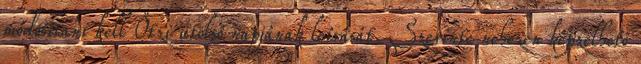
módosítani kell Ötzi utolsó napjának leírását. Szerinte nehezen képzelhető